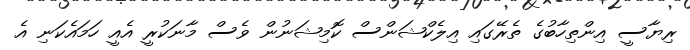
ރިޔާސީ އިންތިހާބުގެ ތެރޭގައި އިލެކްޝަންސް ކޮމިޝަނުން ވެސް މާނަކުރީ އެއީ ހަމައެކަނި އެ